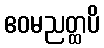
ဧဝမညတ္ထပိ